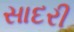
સાદરી